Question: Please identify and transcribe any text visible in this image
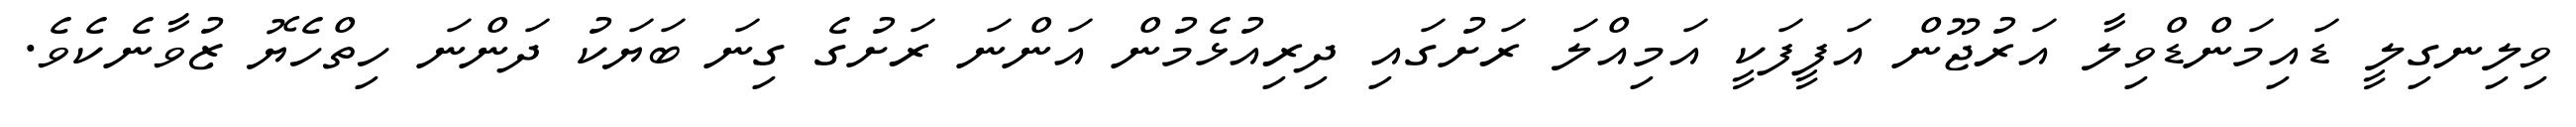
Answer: ވިލިނގިލީ ޑައިމަންޑްވިލާ އަރުޖޫން އަފީފަކީ އަމިއްލަ ރަށުގައި ދިރިއުޅެމުން އަންނަ ރަށުގެ ގިނަ ބަޔަކު ދަންނަ ހިތްހެޔޮ ޒުވާނެކެވެ.